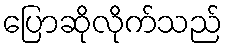
ပြောဆိုလိုက်သည်